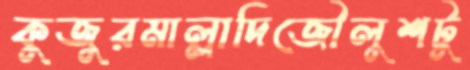
কুজুরমাল্লাদিজৌলুশটু